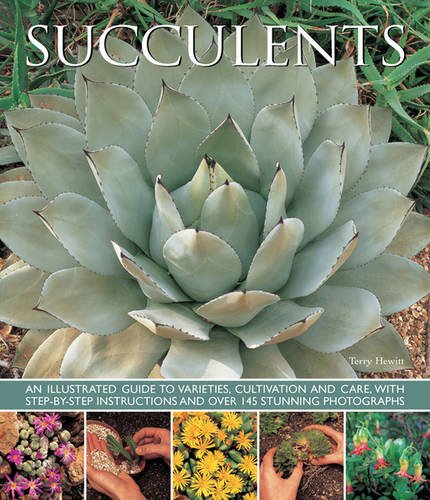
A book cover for Succulents: An illustrated guide to varieties, cultivation and care, with step-by-step instructions and over 145 stunning photographs; Terry Hewitt; Crafts, Hobbies & Home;